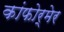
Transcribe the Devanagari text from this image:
कांफोर्मेर